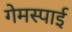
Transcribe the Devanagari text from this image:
गेमस्पाई